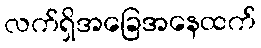
လက်ရှိအခြေအနေထက်